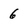
Character: 6